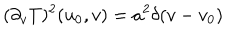
( \partial _ { v } T ) ^ { 2 } ( u _ { 0 } , v ) = a ^ { 2 } \delta ( v - v _ { 0 } )